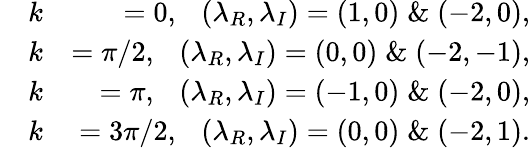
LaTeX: \begin{array}{rlr}&{k}&{=0,~~~(\lambda_{R},\lambda_{I})=(1,0)\; \& \; (-2,0),}\\ &{k}&{=\pi/2,~~~(\lambda_{R},\lambda_{I})=(0,0)\; \& \; (-2,-1),}\\ &{k}&{=\pi,~~~(\lambda_{R},\lambda_{I})=(-1,0)\; \& \; (-2,0),}\\ &{k}&{=3\pi/2,~~~(\lambda_{R},\lambda_{I})=(0,0)\; \& \; (-2,1).}\end{array}